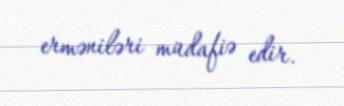
erməniləri müdafiə edir.